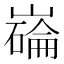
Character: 𫶗